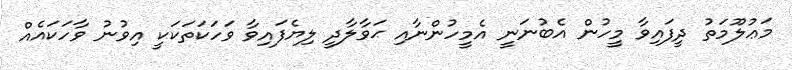
މަޢުލޫމަތު ދީފައިވާ މީހުން އެބުނަނީ އެމީހުންނާއި ޙަވާލާދީ ލިޔެފައިވާ ވަހަކަތަކަކީ އިވުނު ވާހަކައެއް